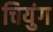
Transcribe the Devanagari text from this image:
चियुंग